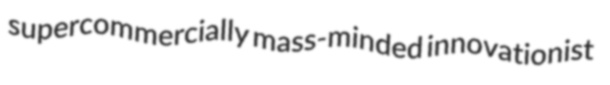
supercommercially mass-minded innovationist